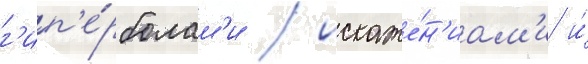
г'ип'е́рболам'и / искаже́н'иам'и и́